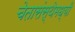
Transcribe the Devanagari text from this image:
चेतासंस्थेमध्यी